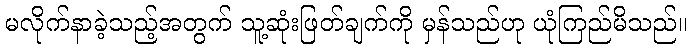
မလိုက်နာခဲ့သည့်အတွက် သူ့ဆုံးဖြတ်ချက်ကို မှန်သည်ဟု ယုံကြည်မိသည်။